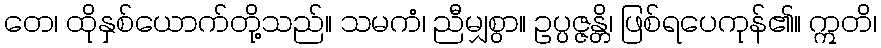
တေ၊ ထိုနှစ်ယောက်တို့သည်။ သမကံ၊ ညီမျှစွာ။ ဥပ္ပဇ္ဇန္တိ၊ ဖြစ်ရပေကုန်၏။ ဣတိ၊